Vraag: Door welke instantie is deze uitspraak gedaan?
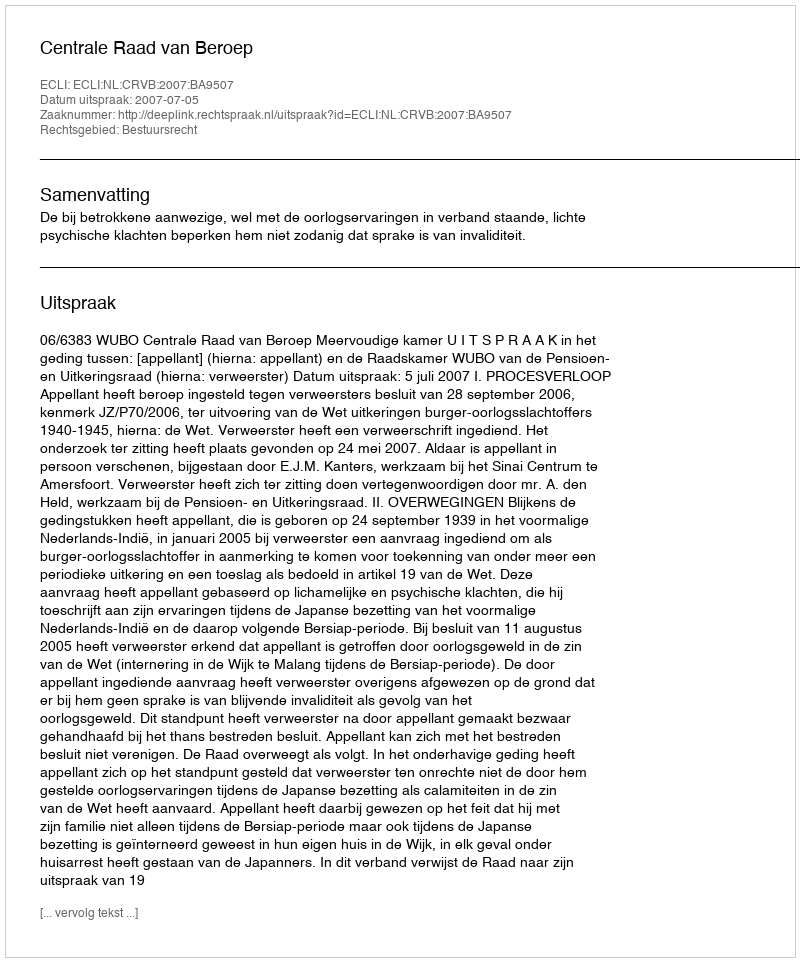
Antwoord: Centrale Raad van Beroep